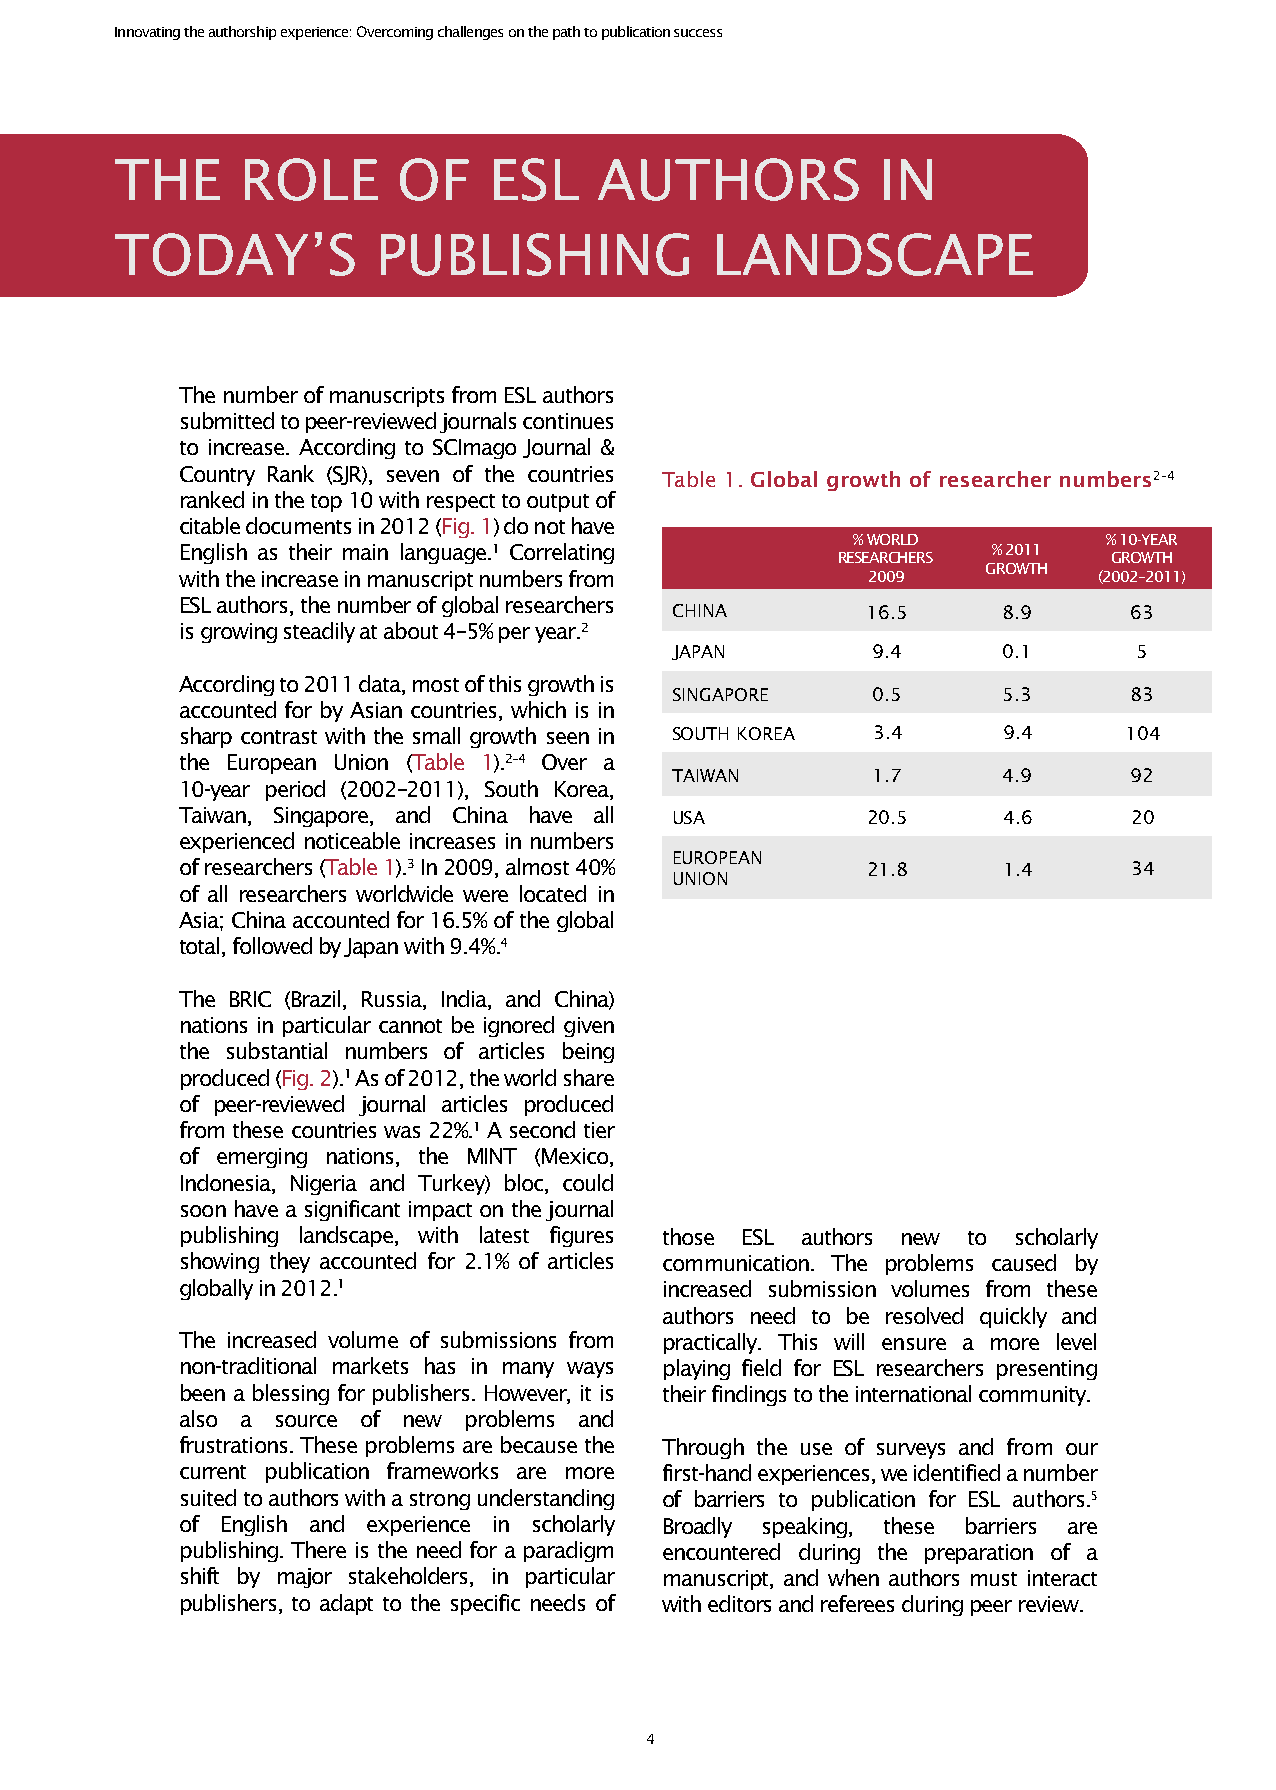
Innovating the authorship experience: Overcoming challenges on the path to publication success
 THE     ROLE      OF    ESL     AUTHORS           IN
 TODAY’S          PUBLISHING            LANDSCAPE
 The number of manuscripts from ESL authors
 submitted to peer-reviewed journals continues
 to increase. According to SCImago Journal &
 Country Rank (SJR), seven of the countries Table 1. Global growth of researcher numbers2–4
 ranked in the top 10 with respect to output of
 citable documents in 2012 (Fig. 1) do not have
 % WORLD          % 10-YEAR
 English as their main language.1 Correlating          % 2011
 RESEARCHERS        GROWTH
 GROWTH
 with the increase in manuscript numbers from 2009            (2002–2011)
 ESL authors, the number of global researchers
 CHINA        16.5     8.9      63
 is growing steadily at about 4–5% per year.2
 JAPAN        9.4     0.1      5
 According to 2011 data, most of this growth is
 SINGAPORE     0.5     5.3      83
 accounted for by Asian countries, which is in
 sharp contrast with the small growth seen in SOUTH KOREA 3.4 9.4 104
 the European Union (Table 1).2–4 Over a
 TAIWAN        1.7     4.9      92
 10-year period (2002–2011), South Korea,
 Taiwan, Singapore, and China have all USA    20.5     4.6      20
 experienced noticeable increases in numbers
 EUROPEAN
 of researchers (Table 1).3 In 2009, almost 40% 21.8   1.4      34
 UNION
 of all researchers worldwide were located in
 Asia; China accounted for 16.5% of the global
 total, followed by Japan with 9.4%.4
 The BRIC (Brazil, Russia, India, and China)
 nations in particular cannot be ignored given
 the substantial numbers of articles being
 produced (Fig. 2).1 As of 2012, the world share
 of peer-reviewed journal articles produced
 from these countries was 22%.1 A second tier
 of emerging nations, the MINT (Mexico,
 Indonesia, Nigeria and Turkey) bloc, could
 soon have a significant impact on the journal
 publishing landscape, with latest figures those ESL authors new to scholarly
 showing they accounted for 2.1% of articles communication. The problems caused by
 globally in 2012.1              increased submission volumes from these
 authors need to be resolved quickly and
 The increased volume of submissions from practically. This will ensure a more level
 non-traditional markets has in many ways playing field for ESL researchers presenting
 been a blessing for publishers. However, it is their findings to the international community.
 also a source of new problems and
 frustrations. These problems are because the Through the use of surveys and from our
 current publication frameworks are more first-hand experiences, we identified a number
 suited to authors with a strong understanding of barriers to publication for ESL authors.5
 of English and experience in scholarly Broadly speaking, these barriers are
 publishing. There is the need for a paradigm encountered during the preparation of a
 shift by major stakeholders, in particular manuscript, and when authors must interact
 publishers, to adapt to the specific needs of with editors and referees during peer review.
 4